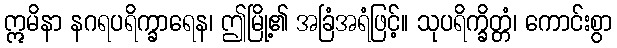
ဣမိနာ နဂရပရိက္ခာရေန၊ ဤမြို့၏ အခြံအရံဖြင့်။ သုပရိက္ခိတ္တံ၊ ကောင်းစွာ